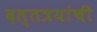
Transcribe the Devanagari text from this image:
दत्तत्रयांची